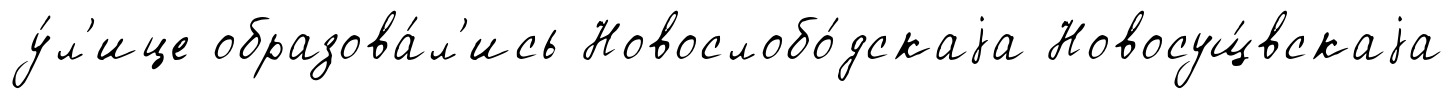
у́л'ице образова́л'ись Новослобо́дскаjа Новосущ́вскаjа